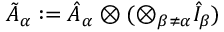
\tilde { A } _ { \alpha } : = \hat { A } _ { \alpha } \otimes ( \otimes _ { \beta \neq \alpha } \hat { I } _ { \beta } )